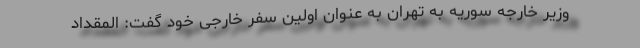
وزیر خارجه سوریه به تهران به عنوان اولین سفر خارجی خود گفت: المقداد